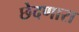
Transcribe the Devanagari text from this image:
छेदणारा